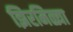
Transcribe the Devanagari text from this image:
झिरमिळ्या